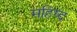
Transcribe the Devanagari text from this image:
महिष्द